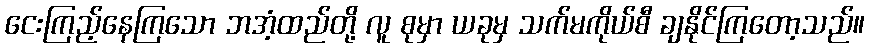
ငေးကြည့်နေကြသော ဘအံ့ထည်တို့ လူ စုမှာ ယခုမှ သက်မကိုယ်စီ ချနိုင်ကြတော့သည်။